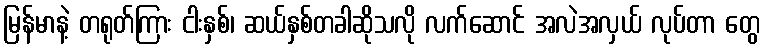
မြန်မာနဲ့ တရုတ်ကြား ငါးနှစ်၊ ဆယ်နှစ်တခါဆိုသလို လက်ဆောင် အလဲအလှယ် လုပ်တာ တွေ